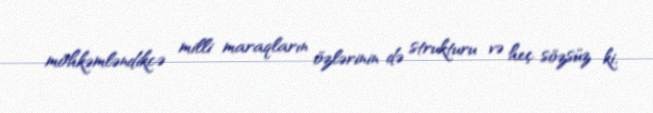
möhkəmləndikcə milli maraqların özlərinin də strukturu və heç sözsüz ki,